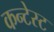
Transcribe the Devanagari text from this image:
कन्टेस्ट